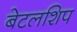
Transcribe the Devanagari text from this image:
बेटलशिप